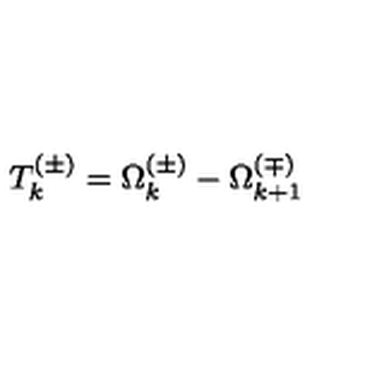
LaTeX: T _ { k } ^ { ( \pm ) } = \Omega _ { k } ^ { ( \pm ) } - \Omega _ { k + 1 } ^ { ( \mp ) }